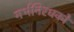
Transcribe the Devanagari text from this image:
गर्भनिरधकों